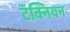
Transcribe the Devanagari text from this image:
टॅक्नियन